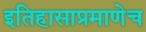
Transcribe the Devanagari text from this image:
इतिहासाप्रमाणेच